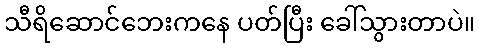
သီရိဆောင်ဘေးကနေ ပတ်ပြီး ခေါ်သွားတာပဲ။